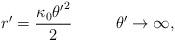
LaTeX: \begin{align*}r'=\frac{\kappa_0{\theta'}^2}{2} ~~~~~~~~\theta'\rightarrow{\infty},\end{align*}